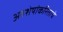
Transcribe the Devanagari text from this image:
अवशेषांकरिताचे